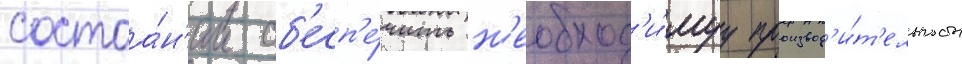
состоа́н'ии об'есп'е́чить н'еобход'и́муу производ'и́т'ельность